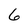
Character: 6